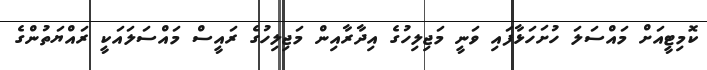
ކޮމިޓީއަށް މައްސަލަ ހުށަހަޅާފައި ވަނީ މަޖިލިހުގެ އިދާރާއިން މަޖިލިހުގެ ރައީސް މައްސަލައަކީ ރައްޔަތުންގެ